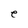
Character: e